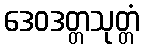
ဒေဝဒတ္တသုတ္တံ